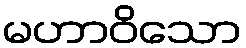
မဟာဝိသော